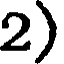
2)